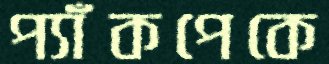
প্যাঁকপেকে